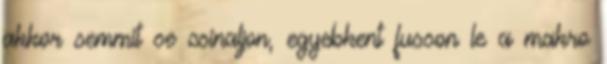
akkor semmit se csinaljon, egyebkent fusson le a makro